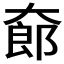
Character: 𱘸